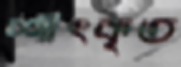
শীৎকৃত